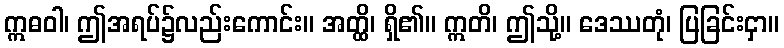
ဣဓဝါ၊ ဤအရပ်၌လည်းကောင်း။ အတ္ထိ၊ ရှိ၏။ ဣတိ၊ ဤသို့။ ဒေဿတုံ၊ ပြခြင်းငှာ။